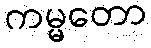
ကမ္မတော